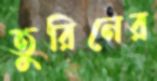
তুরিনের